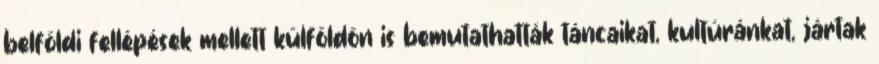
belföldi fellépések mellett külföldön is bemutathatták táncaikat, kultúránkat, jártak